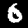
Label: 6